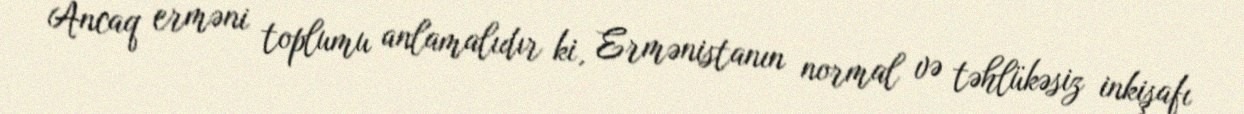
Ancaq erməni toplumu anlamalıdır ki, Ermənistanın normal və təhlükəsiz inkişafı